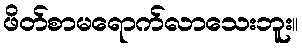
ဖိတ်စာမရောက်လာသေးဘူး။